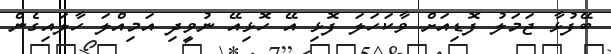
ބޭފުޅާ ޖަމަލު ފޮޑިއަށް ވާކަހަލަ ފޮޅި އޭ ހޮޮޅިއޭ ނުވީދި އަމިއްލަ ހާލައިގެން